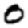
Digit: 0